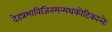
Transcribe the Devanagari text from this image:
देहप्रभाविजितमन्मथकोटिकान्तेः